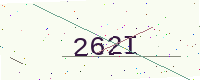
Text: 262I